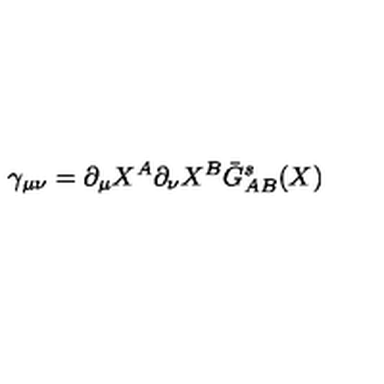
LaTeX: \gamma _ { \mu \nu } = \partial _ { \mu } X ^ { A } \partial _ { \nu } X ^ { B } \bar { G } _ { A B } ^ { s } ( X )